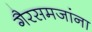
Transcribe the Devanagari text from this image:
गैरसमजांना